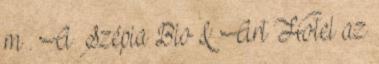
m . A Szépia Bio & Art Hotel az